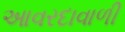
આવરદાવાળી